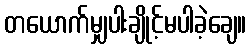
တယောက်မျှပါးချိုင့်မပါခဲ့ချေ။